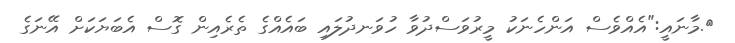
}.މާނައީ:"އެއްވެސް އަންހެނަކު މީރުވަސްދުވާ ހުވަނދުލައި ބައެއްގެ ތެރެއިން ގޮސް އެބަޔަކަށް އޭނަގެ